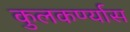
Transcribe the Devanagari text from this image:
कुलकर्ण्यास